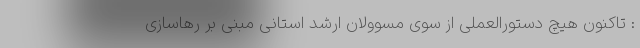
: تاکنون هیچ دستورالعملی از سوی مسوولان ارشد استانی مبنی بر رهاسازی